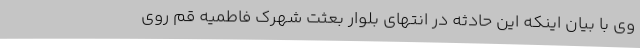
وی با بیان اینکه این حادثه در انتهای بلوار بعثت شهرک فاطمیه قم روی